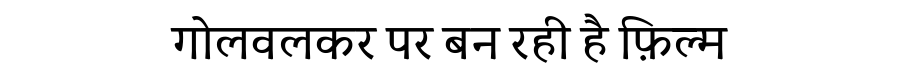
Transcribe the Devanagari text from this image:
गोलवलकर पर बन रही है फ़िल्म